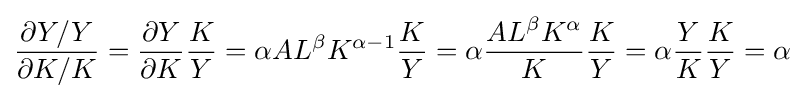
{\dfrac {\partial Y/Y}{\partial {K}/K}}={\dfrac {\partial Y}{\partial K}}{\dfrac {K}{Y}}=\alpha AL^{\beta }K^{\alpha -1}{\dfrac {K}{Y}}=\alpha {\dfrac {AL^{\beta }K^{\alpha }}{K}}{\dfrac {K}{Y}}=\alpha {\dfrac {Y}{K}}{\dfrac {K}{Y}}=\alpha